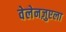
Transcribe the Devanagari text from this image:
वेलेनज़ुएला